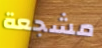
مشجعة